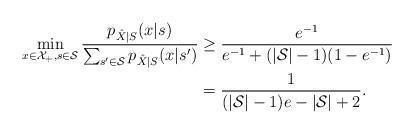
LaTeX: \begin{align*}\min\limits_{x\in\mathcal{X}_+,s\in\mathcal{S}}\frac{p_{\hat{X}|S}(x|s)}{\sum_{s'\in\mathcal{S}}p_{\hat{X}|S}(x|s')}&\geq\frac{e^{-1}}{e^{-1}+(|\mathcal{S}|-1)(1-e^{-1})}\\&=\frac{1}{(|\mathcal{S}|-1)e-|\mathcal{S}|+2}.\end{align*}